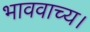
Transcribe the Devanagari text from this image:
भाववाच्य।